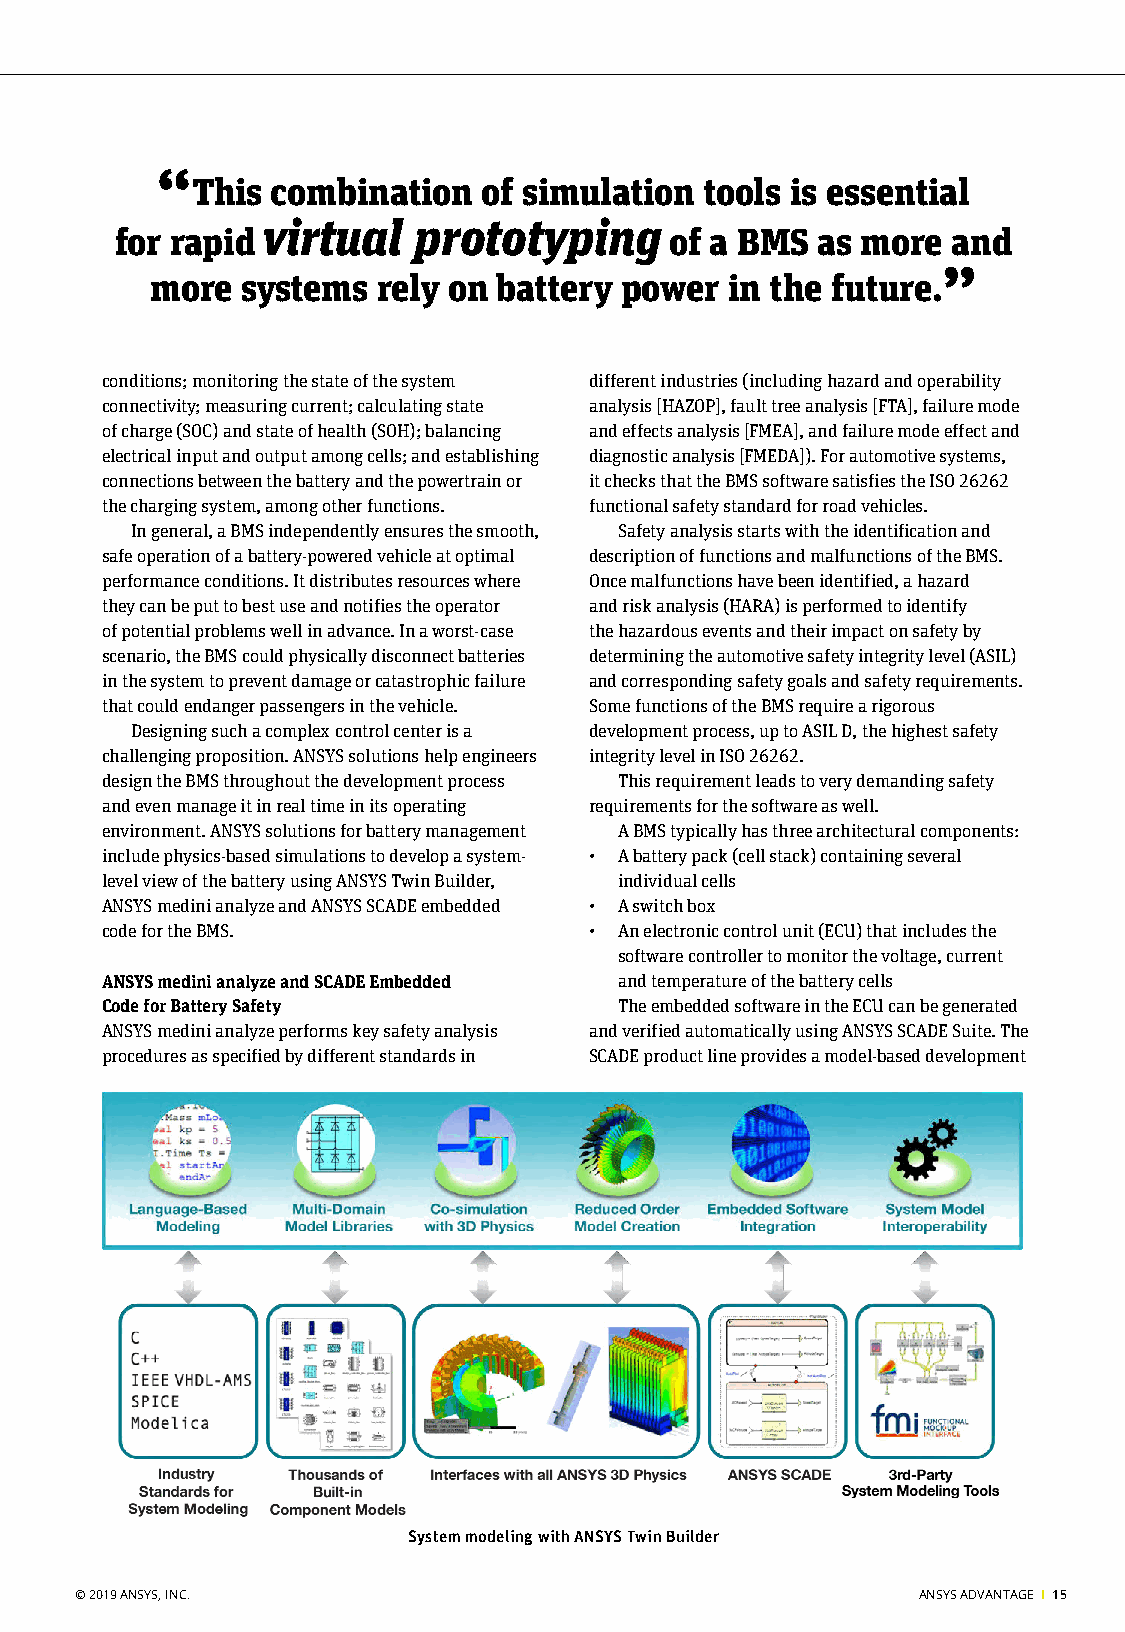
“
 This combination   of simulation  tools is essential
 virtual   prototyping
 for rapid                           of a BMS  as more  and
 ”
 more  systems  rely on battery power  in the future.
 conditions; monitoring the state of the system different industries (including hazard and operability
 connectivity; measuring current; calculating state analysis [HAZOP], fault tree analysis [FTA], failure mode
 of charge (SOC) and state of health (SOH); balancing and effects analysis [FMEA], and failure mode effect and
 electrical input and output among cells; and establishing diagnostic analysis [FMEDA]). For automotive systems,
 connections between the battery and the powertrain or it checks that the BMS software satisfies the ISO 26262
 the charging system, among other functions. functional safety standard for road vehicles.
 In general, a BMS independently ensures the smooth, Safety analysis starts with the identification and
 safe operation of a battery-powered vehicle at optimal description of functions and malfunctions of the BMS.
 performance conditions. It distributes resources where Once malfunctions have been identified, a hazard
 they can be put to best use and notifies the operator and risk analysis (HARA) is performed to identify
 of potential problems well in advance. In a worst-case the hazardous events and their impact on safety by
 scenario, the BMS could physically disconnect batteries determining the automotive safety integrity level (ASIL)
 in the system to prevent damage or catastrophic failure and corresponding safety goals and safety requirements.
 that could endanger passengers in the vehicle. Some functions of the BMS require a rigorous
 Designing such a complex control center is a development process, up to ASIL D, the highest safety
 challenging proposition. ANSYS solutions help engineers integrity level in ISO 26262.
 design the BMS throughout the development process This requirement leads to very demanding safety
 and even manage it in real time in its operating requirements for the software as well.
 environment. ANSYS solutions for battery management A BMS typically has three architectural components:
 include physics-based simulations to develop a system- • A battery pack (cell stack) containing several
 level view of the battery using ANSYS Twin Builder, individual cells
 ANSYS medini analyze and ANSYS SCADE embedded • A switch box
 code for the BMS.               • An electronic control unit (ECU) that includes the
 software controller to monitor the voltage, current
 ANSYS medini analyze and SCADE Embedded and temperature of the battery cells
 Code for Battery Safety           The embedded software in the ECU can be generated
 ANSYS medini analyze performs key safety analysis and verified automatically using ANSYS SCADE Suite. The
 procedures as specified by different standards in SCADE product line provides a model-based development
 System modeling with ANSYS Twin Builder
 © 2019 ANSYS, INC.                                      ANSYS ADVANTAGE I 15